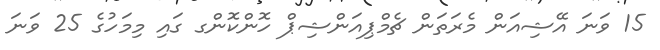
15 ވަނަ އޭޝިއަން މެރަތަން ޗެމްޕިއަންޝިޕް ހޮންކޮންގ ގައި މިމަހުގެ 25 ވަނަ